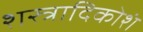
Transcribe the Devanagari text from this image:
शस्त्रादिकोशं